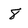
Character: 8